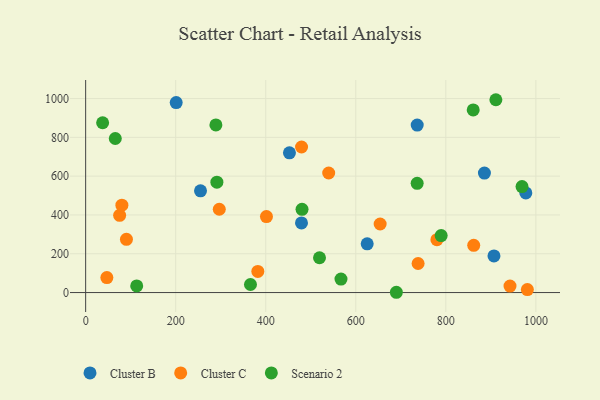
{"axis": {"x": "Price", "y": "Sales"}, "legend": ["Cluster B", "Cluster C", "Scenario 2"], "data": [{"x": "625.3", "y": 251.4, "type": "Cluster B"}, {"x": "452.6", "y": 720.4, "type": "Cluster B"}, {"x": "479.4", "y": 358.8, "type": "Cluster B"}, {"x": "906.9", "y": 188.8, "type": "Cluster B"}, {"x": "736.4", "y": 863.4, "type": "Cluster B"}, {"x": "255.1", "y": 524.4, "type": "Cluster B"}, {"x": "977.7", "y": 513.6, "type": "Cluster B"}, {"x": "885.7", "y": 616.1, "type": "Cluster B"}, {"x": "201.1", "y": 979.4, "type": "Cluster B"}, {"x": "861.9", "y": 243.3, "type": "Cluster C"}, {"x": "981.1", "y": 15.2, "type": "Cluster C"}, {"x": "654.1", "y": 353.3, "type": "Cluster C"}, {"x": "47.1", "y": 77.2, "type": "Cluster C"}, {"x": "738.4", "y": 149.8, "type": "Cluster C"}, {"x": "780.2", "y": 272.4, "type": "Cluster C"}, {"x": "296.8", "y": 429.4, "type": "Cluster C"}, {"x": "401.6", "y": 391.5, "type": "Cluster C"}, {"x": "942.5", "y": 33.4, "type": "Cluster C"}, {"x": "479.5", "y": 750.2, "type": "Cluster C"}, {"x": "539.8", "y": 616.2, "type": "Cluster C"}, {"x": "75.5", "y": 398.1, "type": "Cluster C"}, {"x": "90.6", "y": 274.6, "type": "Cluster C"}, {"x": "80.5", "y": 450.2, "type": "Cluster C"}, {"x": "382.4", "y": 109.1, "type": "Cluster C"}, {"x": "911.1", "y": 994.0, "type": "Scenario 2"}, {"x": "291.5", "y": 569.1, "type": "Scenario 2"}, {"x": "789.6", "y": 293.7, "type": "Scenario 2"}, {"x": "366.1", "y": 41.4, "type": "Scenario 2"}, {"x": "969.2", "y": 546.2, "type": "Scenario 2"}, {"x": "567.1", "y": 69.3, "type": "Scenario 2"}, {"x": "519.4", "y": 179.4, "type": "Scenario 2"}, {"x": "860.8", "y": 941.3, "type": "Scenario 2"}, {"x": "480.6", "y": 428.9, "type": "Scenario 2"}, {"x": "289.3", "y": 864.1, "type": "Scenario 2"}, {"x": "736.3", "y": 562.8, "type": "Scenario 2"}, {"x": "65.8", "y": 794.1, "type": "Scenario 2"}, {"x": "37.7", "y": 875.4, "type": "Scenario 2"}, {"x": "113.4", "y": 34.3, "type": "Scenario 2"}, {"x": "690.1", "y": 1.4, "type": "Scenario 2"}]}